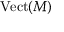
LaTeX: { \mathrm { V e c t } } ( M )